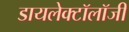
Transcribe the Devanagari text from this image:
डायलेक्टॉलॉजी